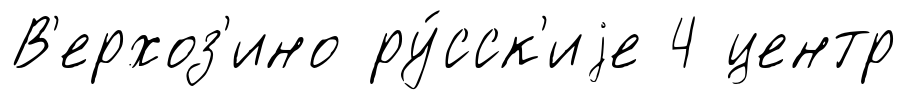
В'ерхоз'ино ру́сск'иjе 4 центр